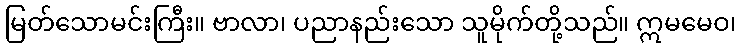
မြတ်သောမင်းကြီး။ ဗာလာ၊ ပညာနည်းသော သူမိုက်တို့သည်။ ဣမမေဝ၊